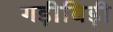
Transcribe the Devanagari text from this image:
गड़ीबिड़ी